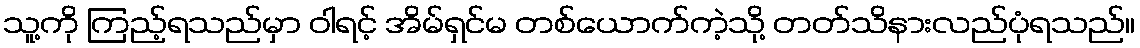
သူ့ကို ကြည့်ရသည်မှာ ဝါရင့် အိမ်ရှင်မ တစ်ယောက်ကဲ့သို့ တတ်သိနားလည်ပုံရသည်။